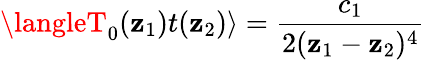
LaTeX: \langleT_{0}(\mathbf{z}_{1})t(\mathbf{z}_{2})\rangle=\frac{{c_{1}}}{{2(\mathbf{z}_{1}-\mathbf{z}_{2})^{4}}}